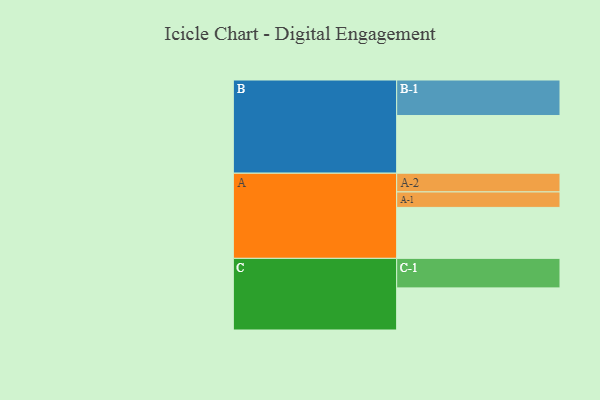
{"axis": {"x": "Segment", "y": "Value"}, "legend": ["", "A", "B", "C"], "data": [{"x": "A", "y": 392, "type": ""}, {"x": "B", "y": 444, "type": ""}, {"x": "C", "y": 324, "type": ""}, {"x": "A-1", "y": 119, "type": "A"}, {"x": "A-2", "y": 144, "type": "A"}, {"x": "B-1", "y": 273, "type": "B"}, {"x": "C-1", "y": 227, "type": "C"}]}